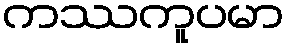
ကဿကူပမာ